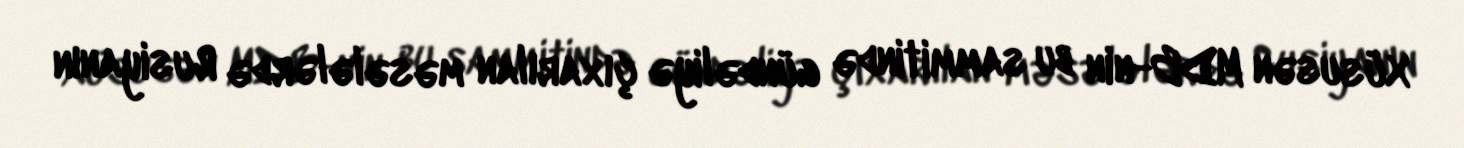
Xüsusən MDB-nin bu sammitində gündəliyə çıxarılan məsələlərdə Rusiyanın